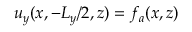
u _ { y } ( x , - L _ { y } / 2 , z ) = f _ { a } ( x , z )